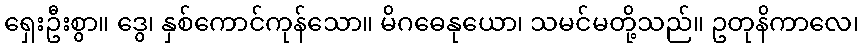
ရှေးဦးစွာ။ ဒွေ၊ နှစ်ကောင်ကုန်သော။ မိဂဓေနုယော၊ သမင်မတို့သည်။ ဥတုနိကာလေ၊